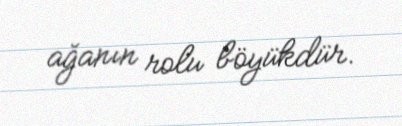
ağanın rolu böyükdür.